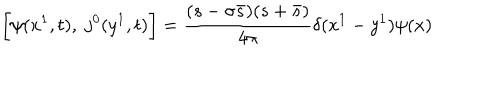
LaTeX: \biggl [ \psi ( x ^ { 1 } , t ) , \; j ^ { 0 } ( y ^ { 1 } , t ) \biggr ] = \frac { ( s - \sigma \bar { s } ) ( s + \bar { s } ) } { 4 \pi } \delta ( x ^ { 1 } - y ^ { 1 } ) \psi ( x )